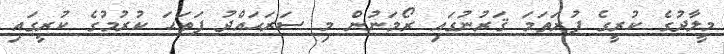
މީލާދުގެ ކުރީގެ ފުރަތަމަ ޤަރުނުގައި ރޯމަނުން މި ސަރަޙައްދު ފަތަޙަ ކުރުމުގެ ކުރީގައި